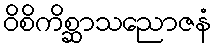
ဝိစိကိစ္ဆာသညောဇနံ